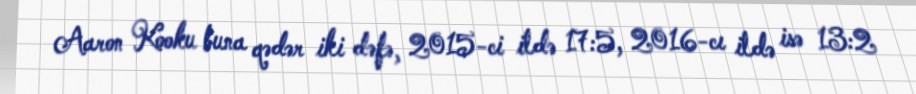
Aaron Kooku buna qədər iki dəfə, 2015-ci ildə 17:5, 2016-cı ildə isə 13:2